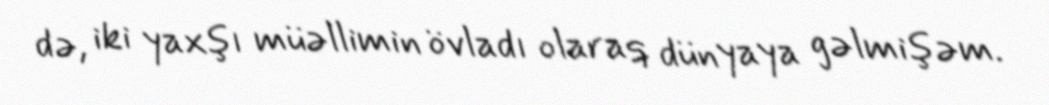
də, iki yaxşı müəllimin övladı olaraq dünyaya gəlmişəm.